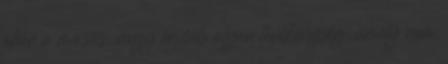
akár a mosás, vagy egyéb olyan tevékenység, amely nem